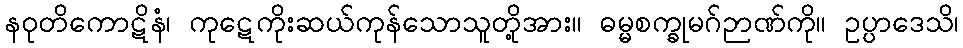
နဝုတိကောဋိနံ၊ ကုဋေကိုးဆယ်ကုန်သောသူတို့အား။ ဓမ္မစက္ခုမဂ်ဉာဏ်ကို။ ဥပ္ပာဒေသိ၊